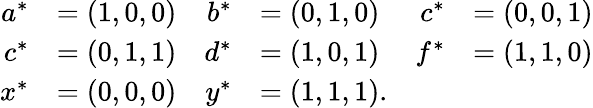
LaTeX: \begin{array}{rlrlrl}{a^{*}}&{=(1,0,0)}&{b^{*}}&{=(0,1,0)}&{c^{*}}&{=(0,0,1)}\\ {c^{*}}&{=(0,1,1)}&{d^{*}}&{=(1,0,1)}&{f^{*}}&{=(1,1,0)}\\ {x^{*}}&{=(0,0,0)}&{y^{*}}&{=(1,1,1).}\end{array}